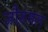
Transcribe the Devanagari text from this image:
जौरुमल